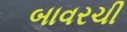
બાવરચી